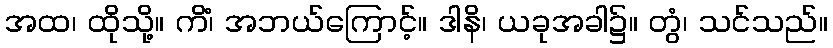
အထ၊ ထိုသို့။ ကိံ၊ အဘယ်ကြောင့်။ ဒါနိ၊ ယခုအခါ၌။ တွံ၊ သင်သည်။